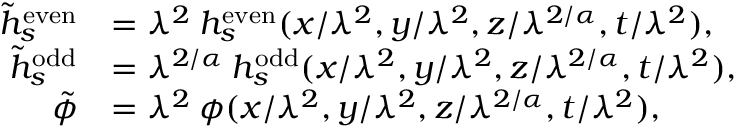
\begin{array} { r l } { \tilde { h } _ { s } ^ { \mathrm { e v e n } } } & { = \lambda ^ { 2 } \: h _ { s } ^ { \mathrm { e v e n } } ( x / \lambda ^ { 2 } , y / \lambda ^ { 2 } , z / \lambda ^ { 2 / \alpha } , t / \lambda ^ { 2 } ) , } \\ { \tilde { h } _ { s } ^ { \mathrm { o d d } } } & { = \lambda ^ { 2 / \alpha } \: h _ { s } ^ { \mathrm { o d d } } ( x / \lambda ^ { 2 } , y / \lambda ^ { 2 } , z / \lambda ^ { 2 / \alpha } , t / \lambda ^ { 2 } ) , } \\ { \tilde { \phi } } & { = \lambda ^ { 2 } \: \phi ( x / \lambda ^ { 2 } , y / \lambda ^ { 2 } , z / \lambda ^ { 2 / \alpha } , t / \lambda ^ { 2 } ) , } \end{array}